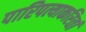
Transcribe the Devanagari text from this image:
पारिपत्याकरितां